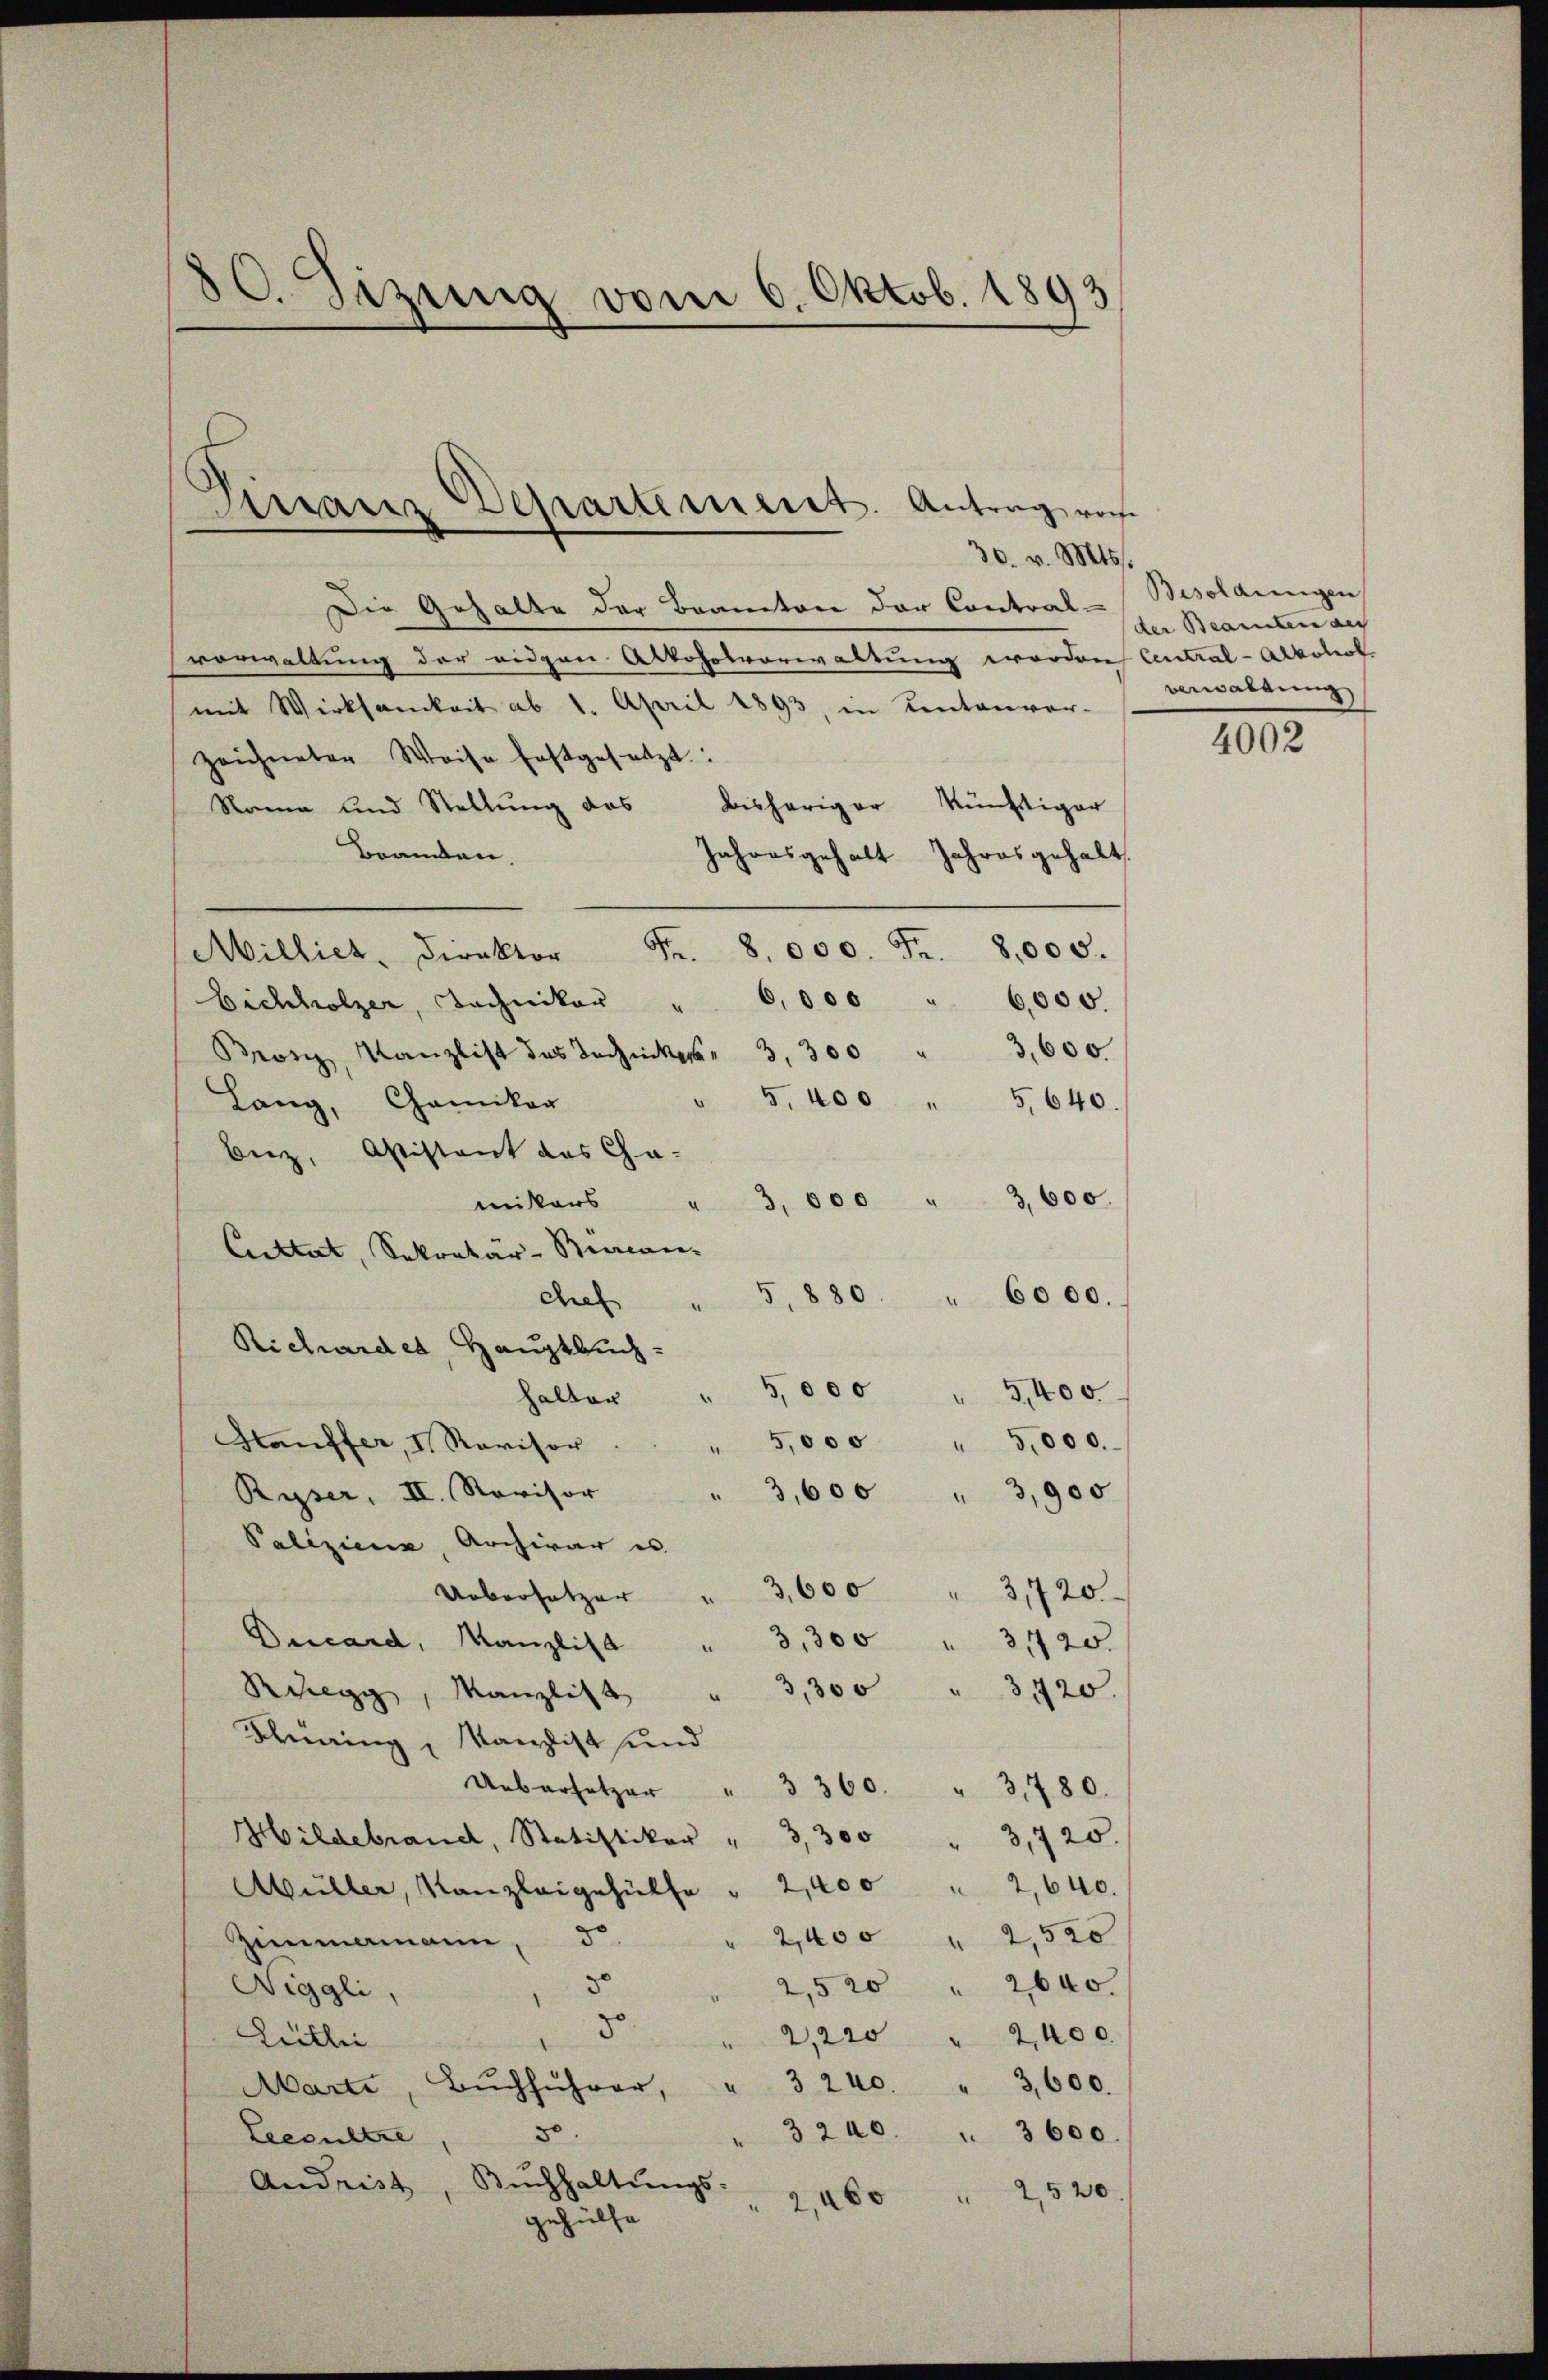
80. Sizung vom 6. Oktob. 1893

Finanz Departement. Antrag vor.
30. v. Mts.

Die Gehalte der Beamten der Contral-
vorwaltung der eidgen Alkoholverwaltung worden Central-Alkohol
mit Wirksamkeit ab 1. April 1893, in Kentenver-
zeichneten Weise festgesetzt
Nama und Stellung das bisheriger künftiger
Beamten,
Jahresgehalt Jahresgehalt.
S.
8.000. Fr. 8000.
Millich, Direktor
Eichholzer, Techniker " 6,000 " 6,000.
3,600
r, Kanzlist das Techniker 3,300
5, 400 " 5,640.
Lang, Chamikar
Berz, Aistant des Cha-
mitars " 3000 " 3,600.
Cultat, Sekretär-Biccan.
5, 880. " 6000.
de
Richarden, Hauptbuch.
5,000 " 5,400
halter
Hauffer, I. Revisor
" 5,000 " 5,000.
Ryser, II. Revisor
" 3,600 " 3,900
Paliziena, Archivar es
Uebersetzer  "  3,600
31720.
Bucard, Kanzlist " 3,300
31720.
Ruegg, Kanzlist " 3,300 " 3,420.
Thüring, Kanzlist und
Uebersetzer " 3360.
3480.
Hildebrand, Statistiker  "   300 " 3,720.
Müller, Kanzleigehülfe " 2,400 " 2,640.
2,500
2,400
Zimmermann, d
3
2,5 20 " 2640.
Niggli,
8.
2,220 " 2400.
Luthei
" 3 240. " 3,600.
Marti, Buchführer,
5
" 3200. " 3600.
Leesultre
Andrist, Bŭchhaltŭngs-
2,460 " 2,520.
gehülfe

Besoldungen
der Beamten aus
Berwaltung

4002